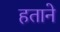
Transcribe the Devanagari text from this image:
हताने